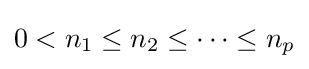
0<n_{1}\leq n_{2}\leq \dots \leq n_{p}